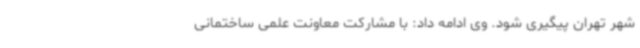
شهر تهران پیگیری شود. وی ادامه داد: با مشارکت معاونت علمی ساختمانی